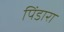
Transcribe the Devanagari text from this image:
पिंडारा